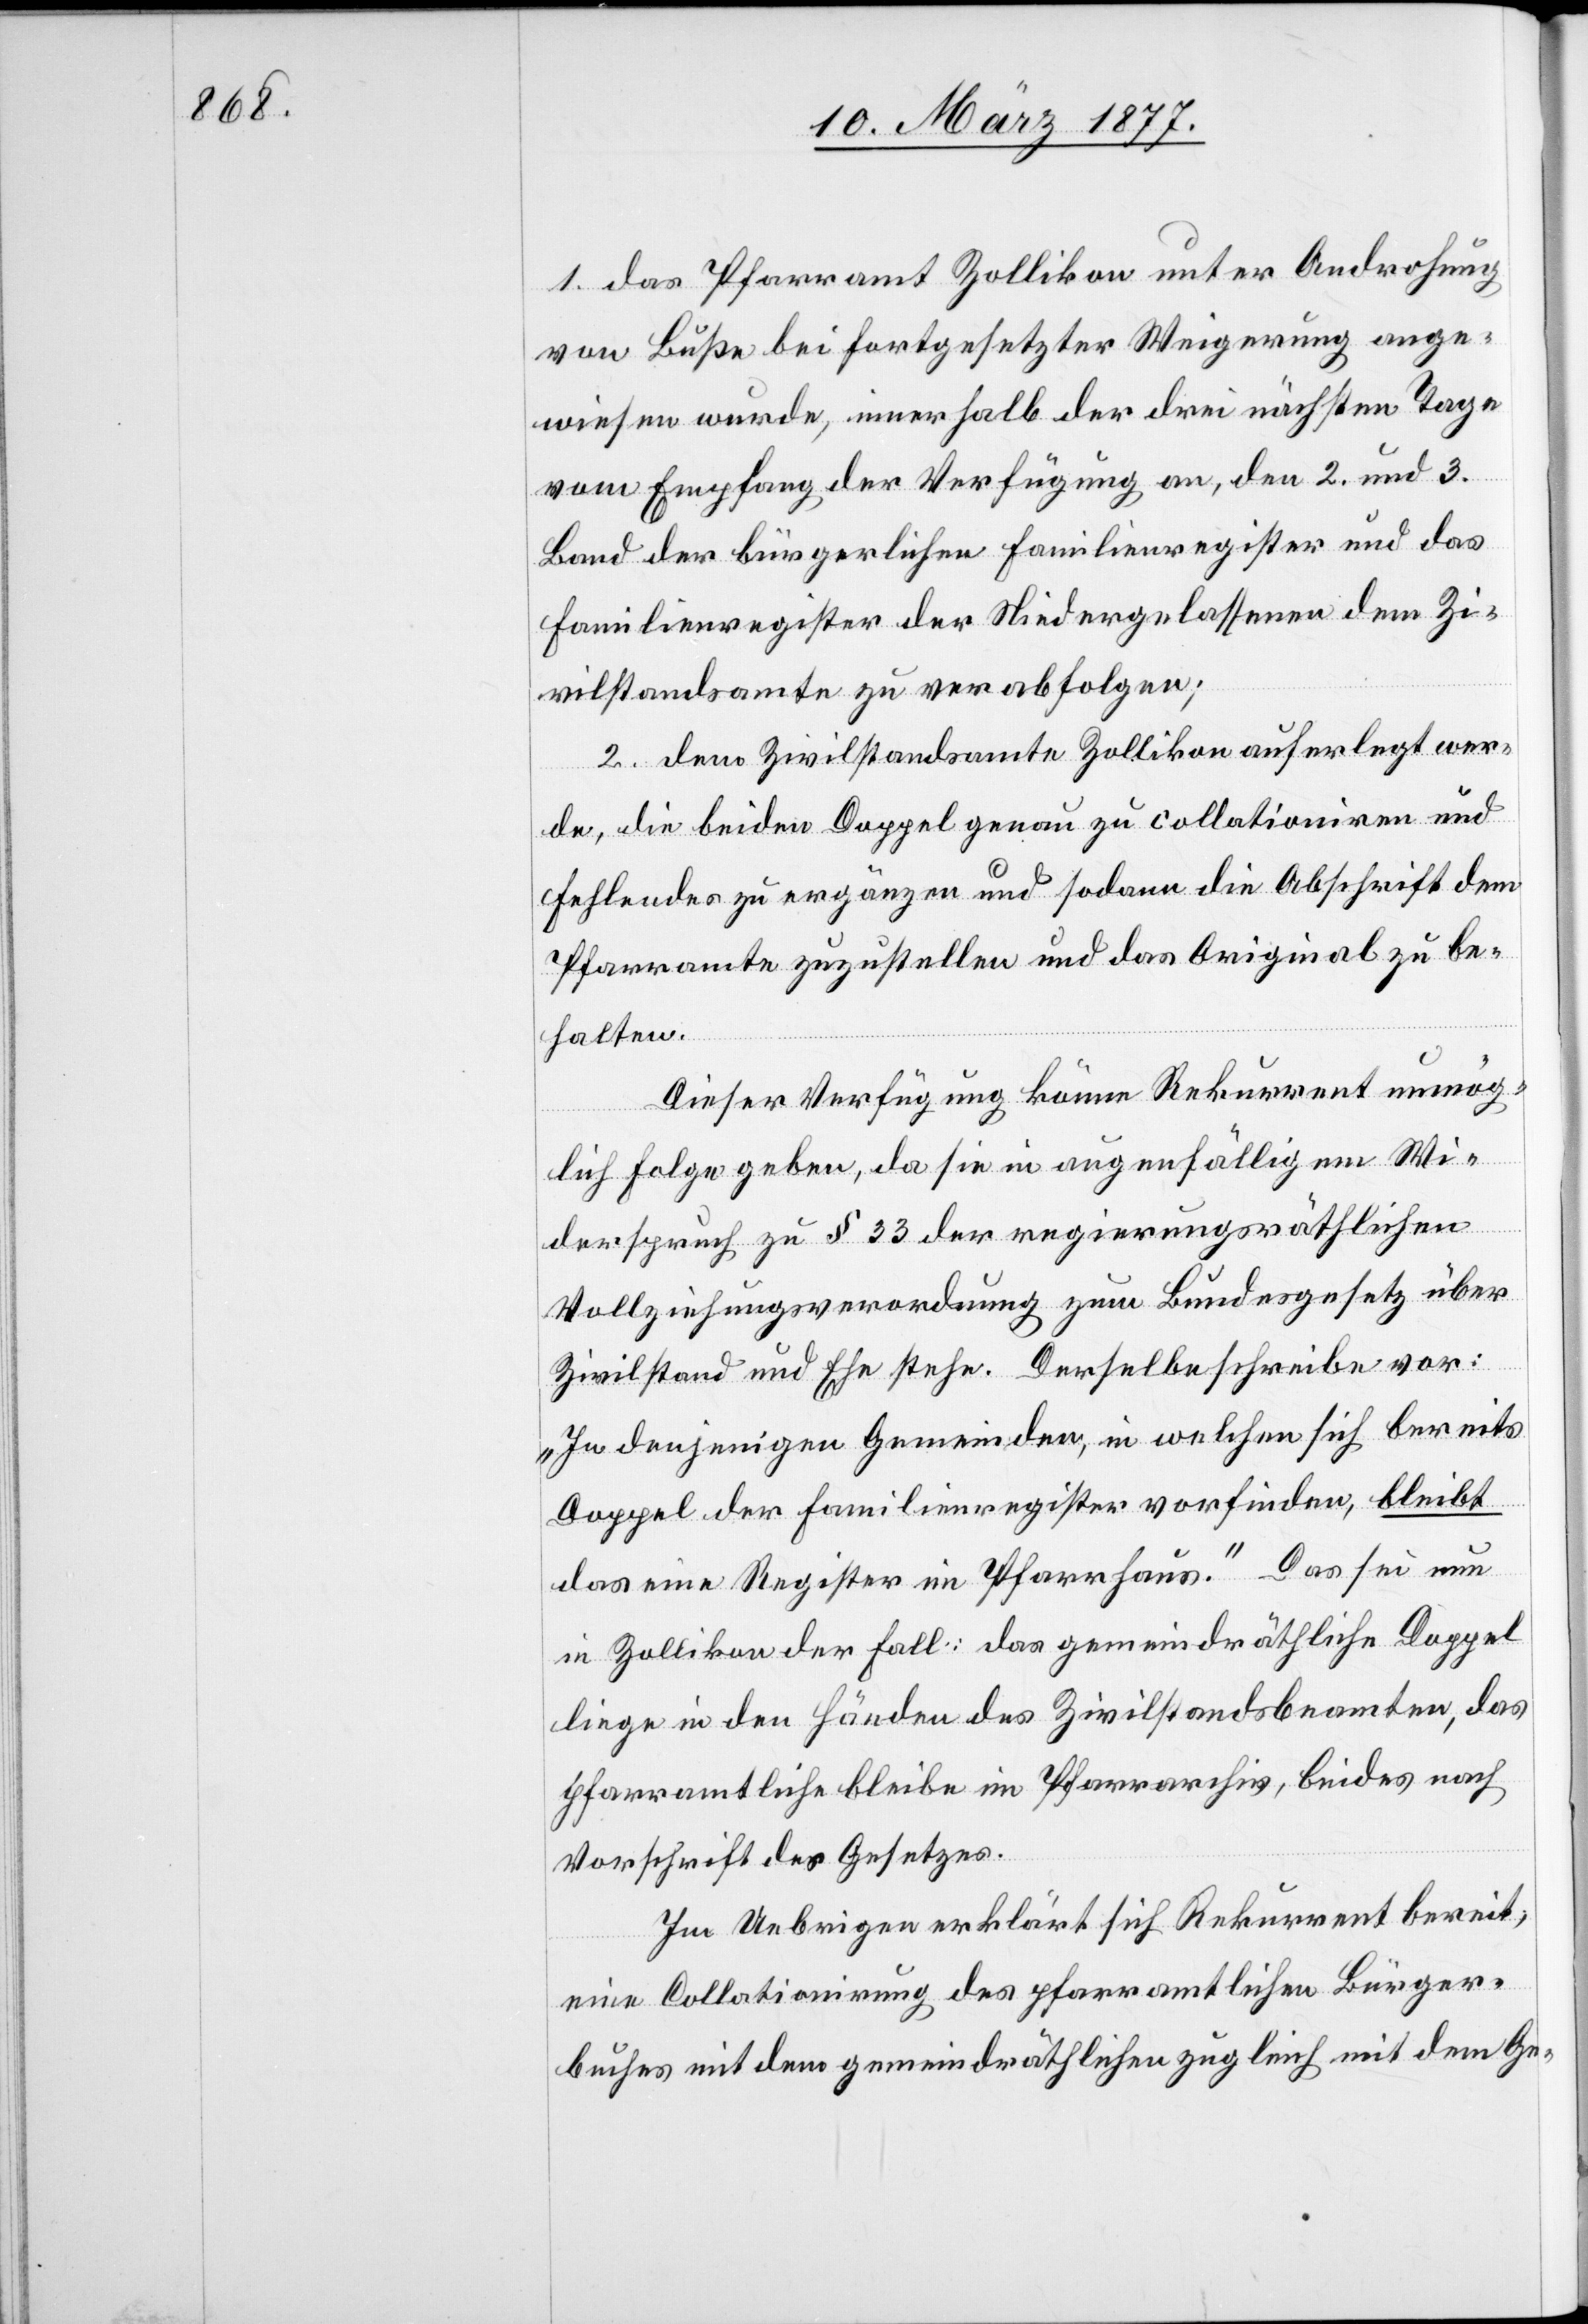
1. das Pfarramt Zollikon unter Androhung
von Buße bei fortgesetzter Weigerung ange¬
wiesen wurde, innerhalb der drei nächsten Tage
vom Empfang der Verfügung an, den 2. und 3.
Band der bürgerlichen Familienregister und das
Familienregister der Niedergelassenen dem Zi¬
vilstandsamte zu verabfolgen;
2. dem Zivilstandsamte Zollikon auferlegt wer¬
de, die beiden Doppel genau zu collationiren und
Fehlendes zu ergänzen und sodann die Abschrift dem
Pfarramte zuzustellen und das Original zu be¬
halten.
Dieser Verfügung könne Rekurrent unmög¬
lich Folge geben, da sie in augenfälligem Wi¬
derspruch zu § 33 der regierungsräthlichen
Vollziehungsverordnung zum Bundesgesetz über
Zivilstand und Ehe stehe. Derselbe schreibe vor:
„In denjenigen Gemeinden, in welchen sich bereits
Doppel der Familienregister vorfinden, bleibt
das eine Register im Pfarrhaus.“ Das sei nun
in Zollikon der Fall; das gemeindräthliche Doppel
liege in den Händen des Zivilstandsbeamten, das
pfarramtliche bleibe im Pfarrarchiv, beides nach
Vorschrift des Gesetzes.
Im Uebrigen erklärt sich Rekurrent bereit,
eine Collationirung des pfarramtlichen Bürger¬
buches mit dem gemeindräthlichen zugleich mit dem Ge-